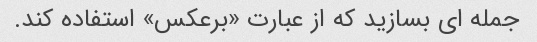
جمله ای بسازید که از عبارت «برعکس» استفاده کند.